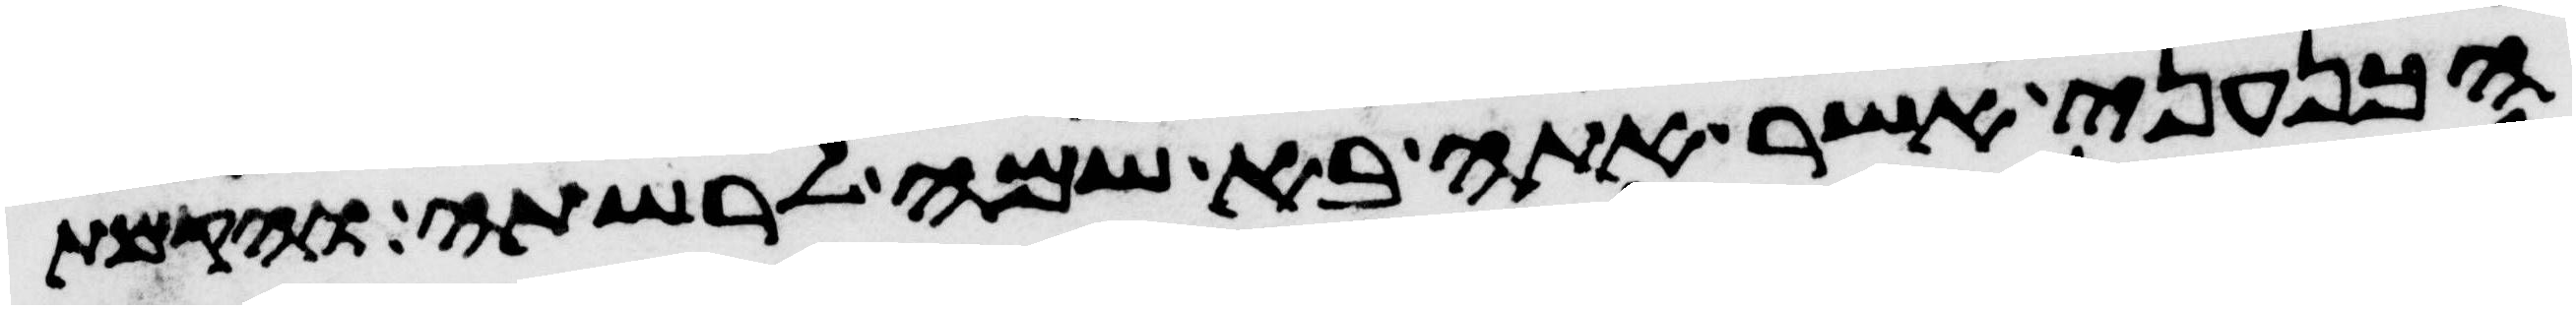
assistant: הכנעני אשר אתה בא שמה לרשתה והקמת